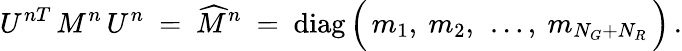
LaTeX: U^{nT}\, M^{n}\, U^{n}\ =\ \widehat{M}^{n}\ =\ \mathrm{diag}\, \Big(\, m_{1},\ m_{2},\ \dots,\ m_{N_{G}+N_{R}}\, \Big)\, .